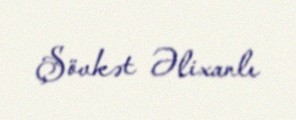
Şövkət Əlixanlı